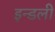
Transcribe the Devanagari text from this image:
इन्डली